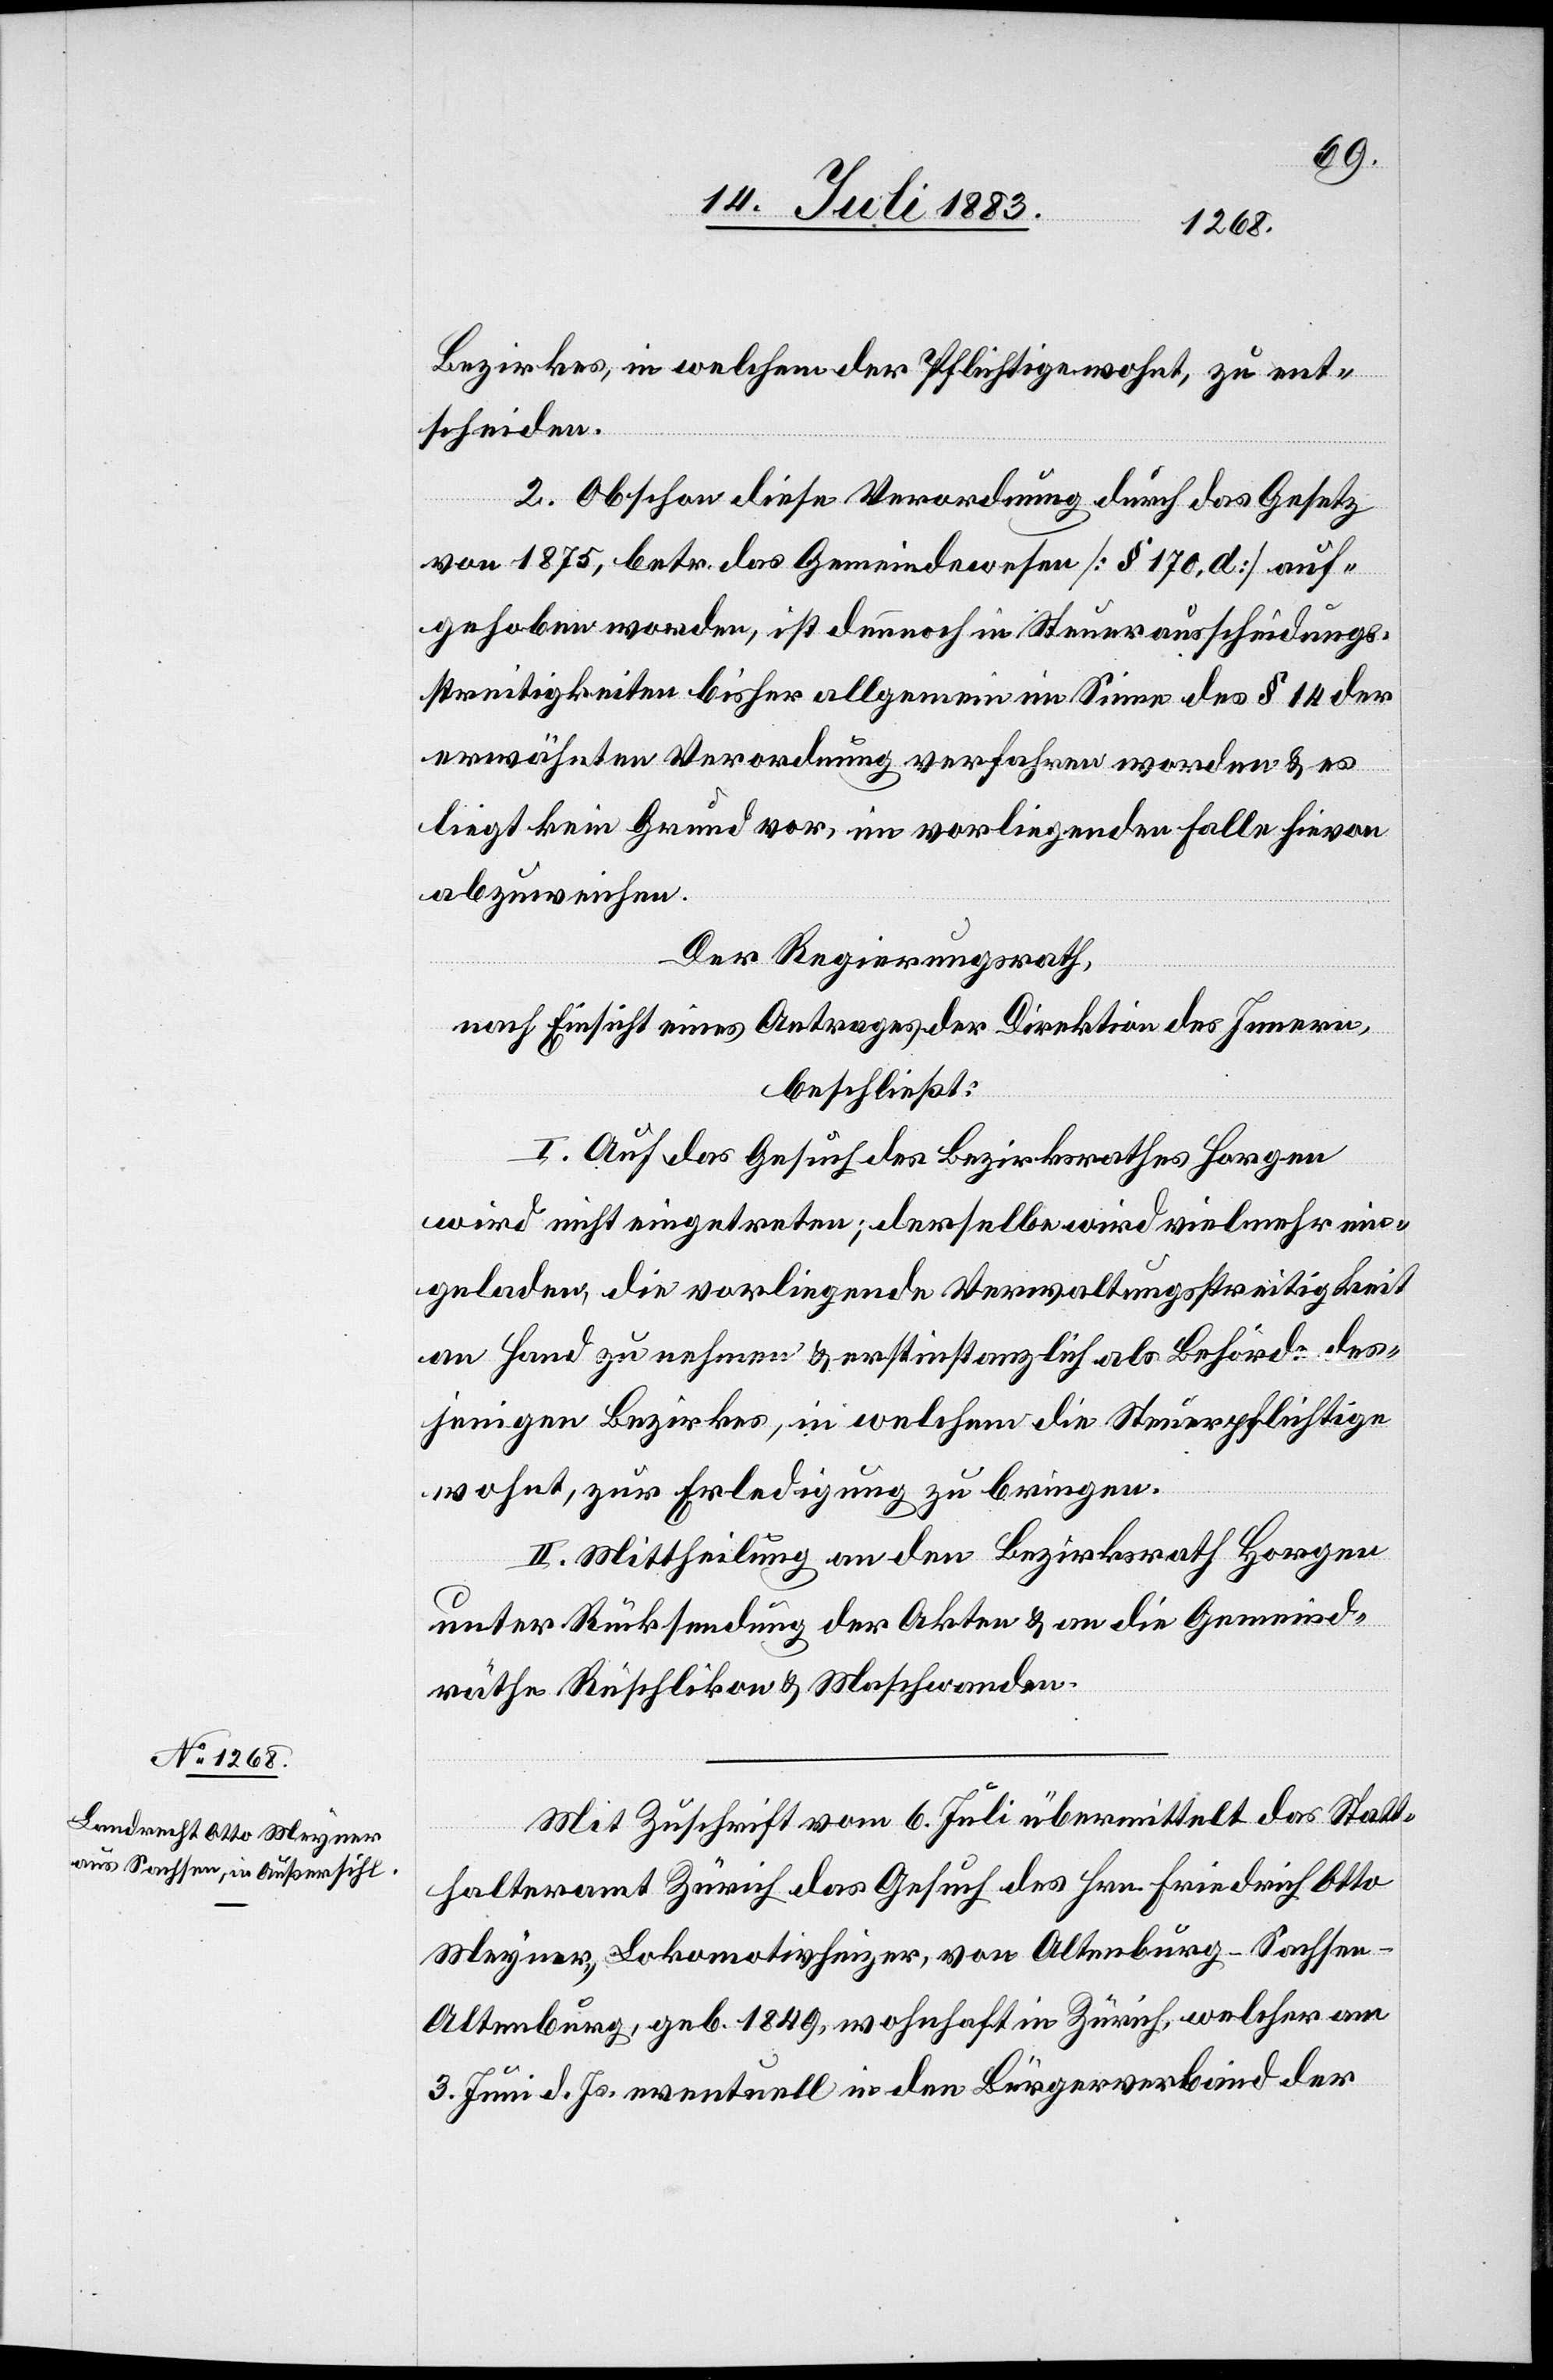
Bezirkes, in welchem der Pflichtige wohnt, zu ent¬
scheiden.
2. Obschon diese Verordnung durch das Gesetz
von 1875, betr. das Gemeindewesen [§ 170, d] auf¬
gehoben worden, ist dennoch in Steuerausscheidungs¬
streitigkeiten bisher allgemein im Sinne des § 14 der
erwähnten Verordnung verfahren worden & es
liegt kein Grund vor, im vorliegenden Falle hievon
abzuweichen.
Der Regierungsrath,
nach Einsicht eines Antrages der Direktion des Innern,
beschließt:
I. Auf das Gesuch des Bezirksrathes Horgen
wird nicht eingetreten; derselbe wird vielmehr ein¬
geladen, die vorliegende Verwaltungsstreitigkeit
an Hand zu nehmen & erstinstanzlich als Behörde des¬
jenigen Bezirkes, in welchem die Steuerpflichtige
wohnt, zur Erledigung zu bringen.
II. Mittheilung an den Bezirksrath Horgen
unter Rücksendung der Akten & an die Gemeind¬
räthe Rüschlikon & Maschwanden.
Mit Zuschrift vom 6. Juni übermittelt das Statt¬
halteramt Zürich das Gesuch des Hrn. Friedrich Otto
Meyner, Lokomotivheizer, von Altenburg - Sachsen
[sic!], geb. 1849, wohnhaft in Zürich, welcher am
3. Juni d. Js. eventuell in der Bürgerverband der